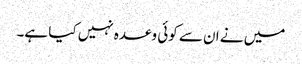
میں نے ان سے کوئی وعدہ نہیں کیا ہے۔